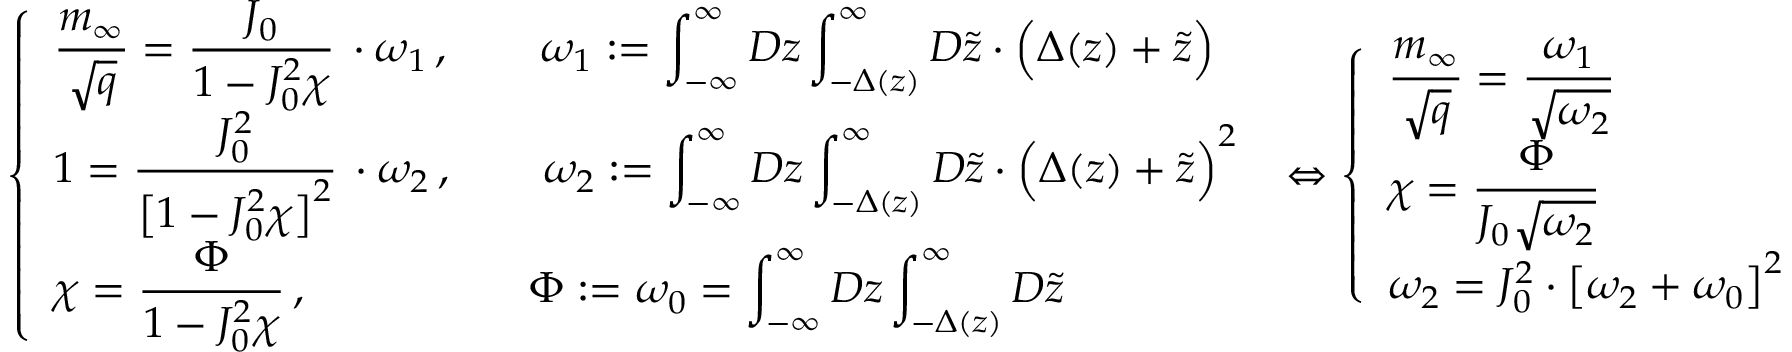
\left\{ \begin{array} { l } { \displaystyle \frac { m _ { \infty } } { \sqrt { q } } = \frac { J _ { 0 } } { \displaystyle 1 - J _ { 0 } ^ { 2 } \chi } \, \cdot \omega _ { 1 } \, , \qquad \omega _ { 1 } : = \int _ { - \infty } ^ { \infty } D z \int _ { - \Delta ( z ) } ^ { \infty } D \tilde { z } \cdot \Big ( \Delta ( z ) + \tilde { z } \Big ) } \\ { 1 = \displaystyle \frac { J _ { 0 } ^ { 2 } } { \displaystyle \big [ 1 - J _ { 0 } ^ { 2 } \chi \big ] ^ { 2 } } \, \cdot \omega _ { 2 } \, , \qquad \omega _ { 2 } : = \int _ { - \infty } ^ { \infty } D z \int _ { - \Delta ( z ) } ^ { \infty } D \tilde { z } \cdot \Big ( \Delta ( z ) + \tilde { z } \Big ) ^ { 2 } } \\ { \displaystyle \chi = \frac { \Phi } { \displaystyle 1 - J _ { 0 } ^ { 2 } \chi } \, , \qquad \qquad \quad \Phi : = \omega _ { 0 } = \int _ { - \infty } ^ { \infty } D z \int _ { - \Delta ( z ) } ^ { \infty } D \tilde { z } } \end{array} \right. \, \Leftrightarrow \left\{ \begin{array} { l } { \displaystyle \frac { m _ { \infty } } { \sqrt { q } } = \frac { \omega _ { 1 } } { \sqrt { \omega _ { 2 } } } } \\ { \displaystyle \chi = \frac { \Phi } { J _ { 0 } \sqrt { \omega _ { 2 } } } } \\ { \displaystyle \omega _ { 2 } = J _ { 0 } ^ { 2 } \cdot \big [ \omega _ { 2 } + \omega _ { 0 } \big ] ^ { 2 } } \end{array} \right. \,